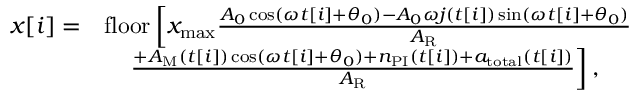
\begin{array} { r l } { x [ i ] = } & { \mathrm { f l o o r } \left[ x _ { \mathrm { m a x } } \frac { A _ { 0 } \cos ( \omega t [ i ] + \theta _ { 0 } ) - A _ { 0 } \omega j ( t [ i ] ) \sin ( \omega t [ i ] + \theta _ { 0 } ) } { A _ { \mathrm { R } } } \right. } \\ & { \left. \quad \frac { + A _ { \mathrm { M } } ( t [ i ] ) \cos ( \omega t [ i ] + \theta _ { 0 } ) + n _ { \mathrm { P I } } ( t [ i ] ) + a _ { \mathrm { t o t a l } } ( t [ i ] ) } { A _ { \mathrm { R } } } \right] , } \end{array}